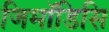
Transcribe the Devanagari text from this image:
जिमॉडिसि